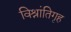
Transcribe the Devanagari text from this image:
विश्रांतिगृह